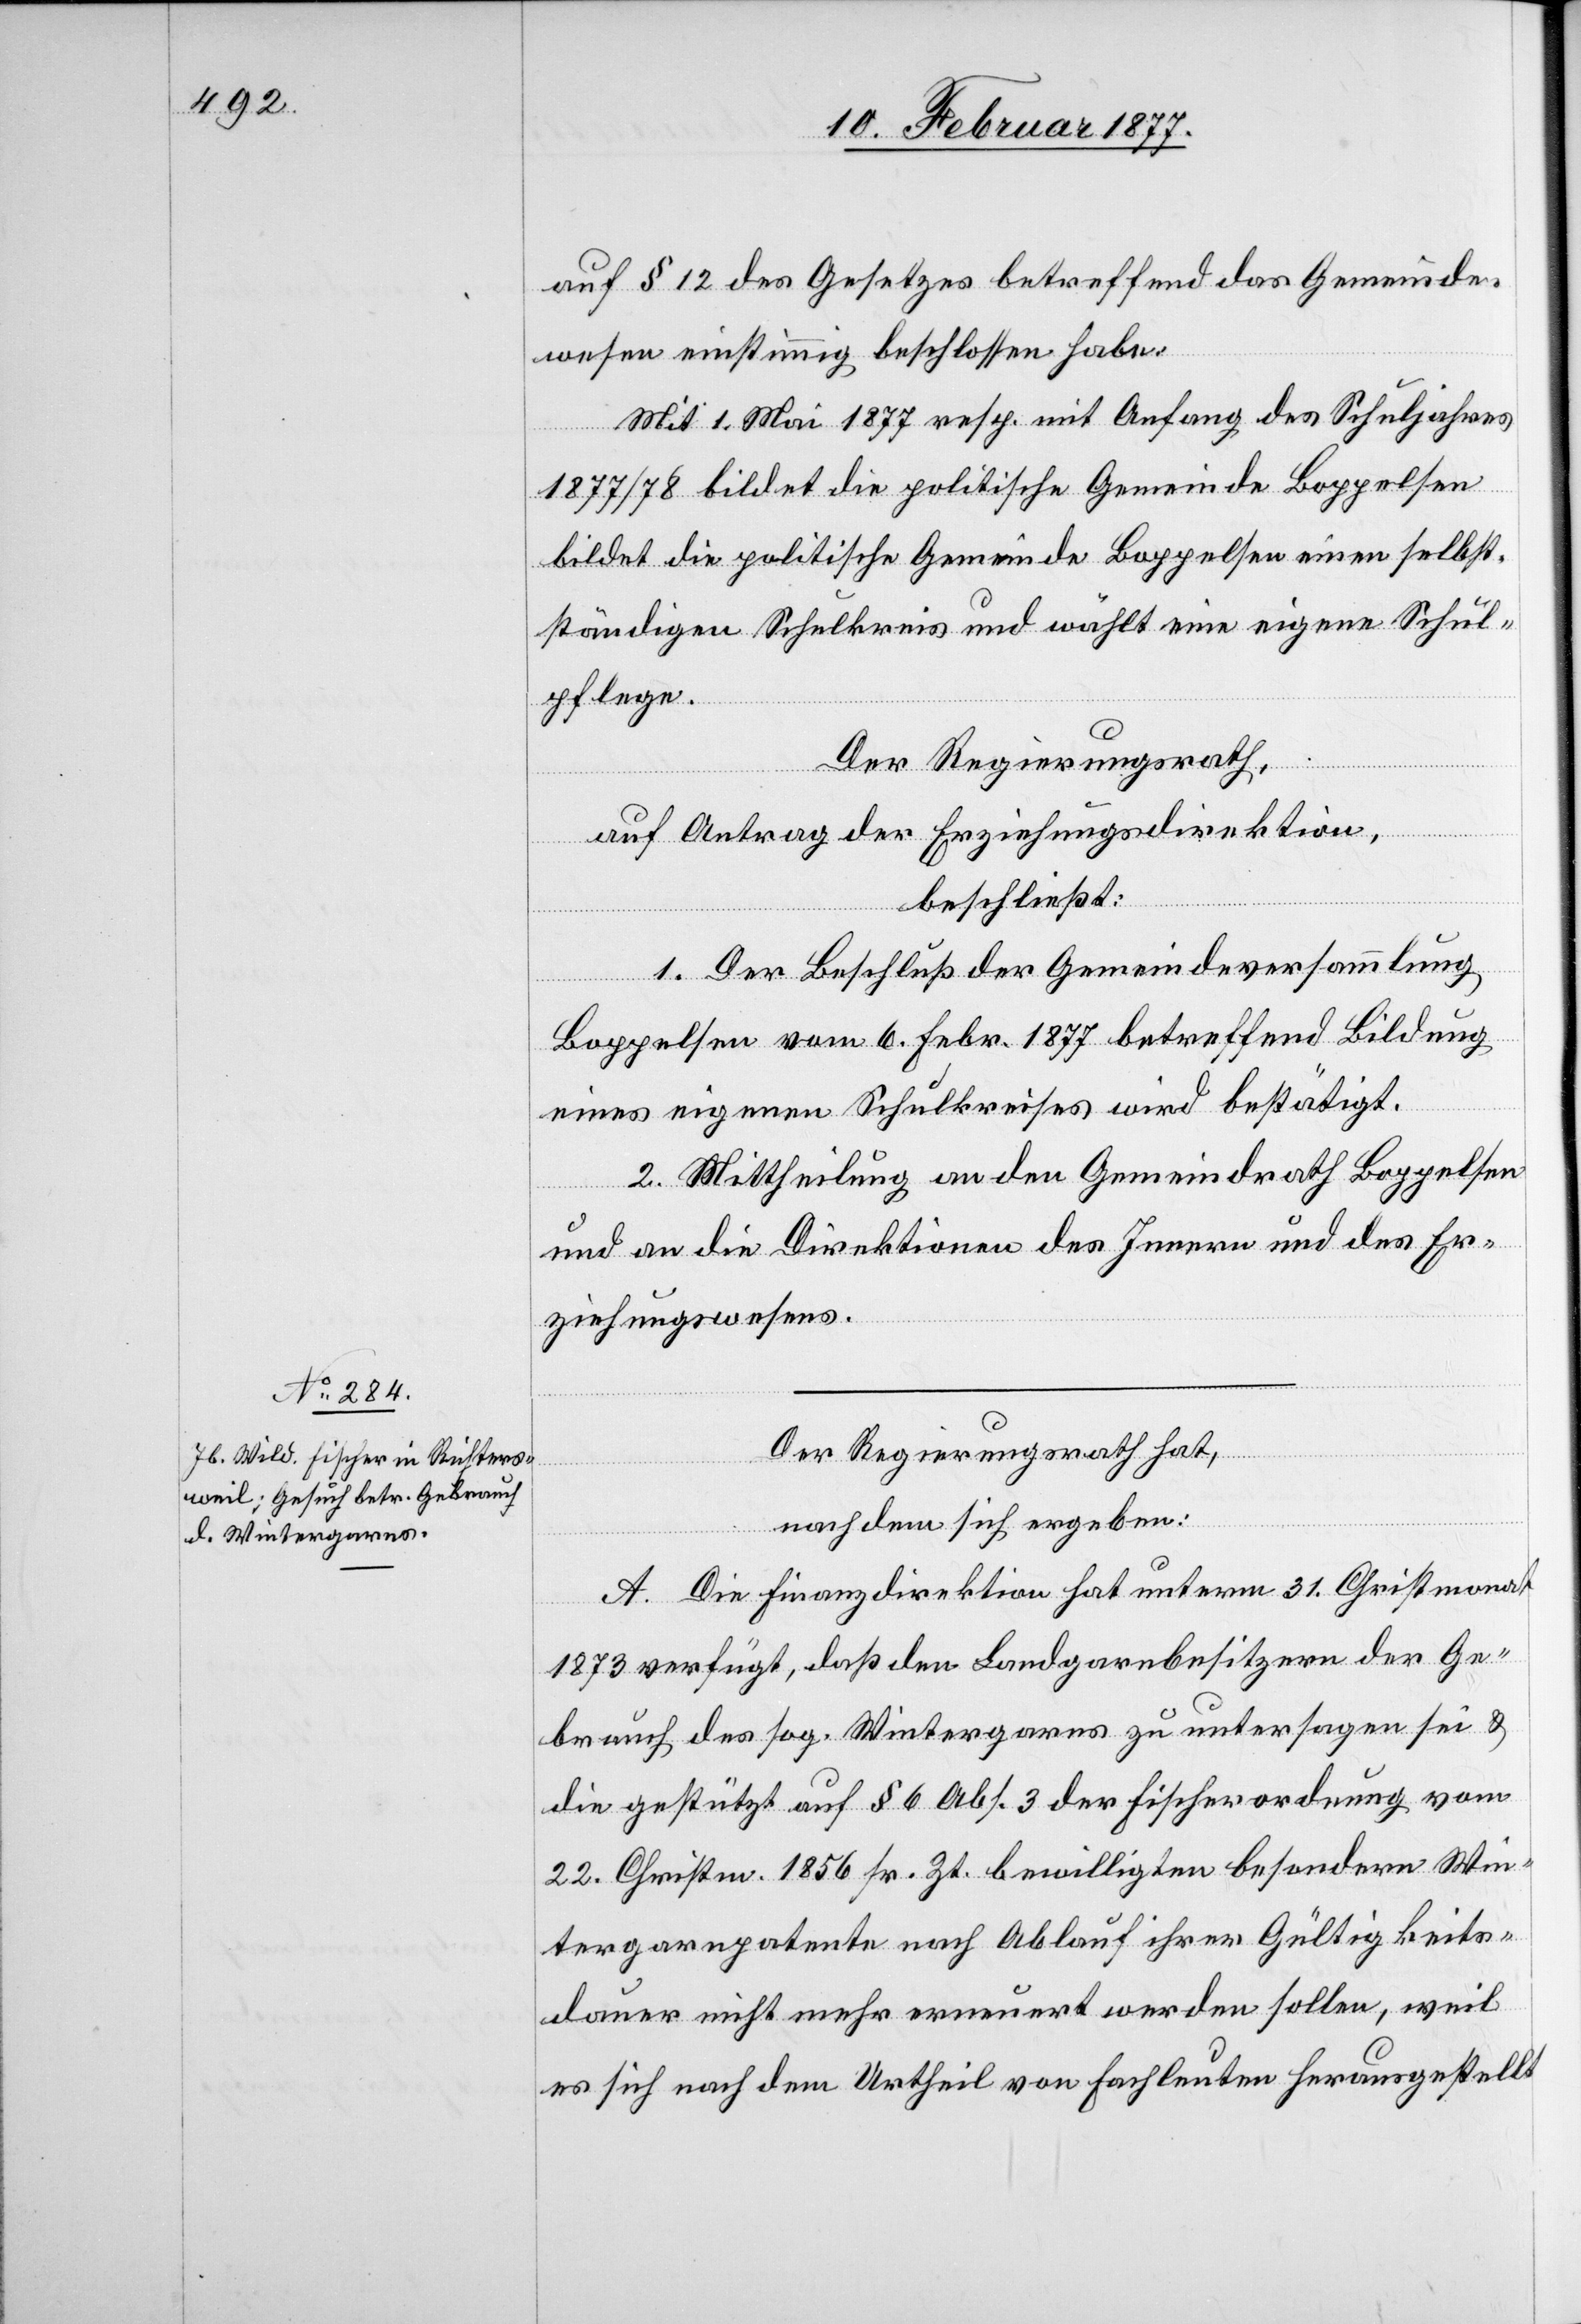
auf § 12 des Gesetzes betreffend das Gemeinde¬
wesen einstimmig beschlossen habe:
Mit 1. Mai 1877 resp. mit Anfang des Schuljahres
1877/78 bildet die politische Gemeinde Boppelsen
bildet die politische Gemeinde Boppelsen einen selbst¬
ständigen Schulkreis und wählt eine eigene Schul¬
pflege.
Der Regierungsrath,
auf Antrag der Erziehungsdirektion,
beschließt:
1. Der Beschluß der Gemeindeversammlung
Boppelsen vom 6. Febr. 1877 betreffend Bildung
eines eigenen Schulkreises wird bestätigt.
2. Mittheilung an den Gemeindrath Boppelsen
und an die Direktionen des Innern und des Er¬
ziehungswesens.
Der Regierungsrath hat,
nachdem sich ergeben:
A. Die Finanzdirektion hat unterm 31. Christmonat
1873 verfügt, daß den Landgarnbesitzern der Ge¬
brauch des sog. Wintergarnes zu untersagen sei &
die gestützt auf § 6 Abs. 3 der Fischerordnung vom
22. Christm. 1856 sr. Zt. bewilligten besondern Win¬
tergarnpatente nach Ablauf ihrer Gültigkeits¬
dauer nicht mehr erneuert werden sollen, weil
es sich nach dem Urtheil von Fachleuten herausgestellt